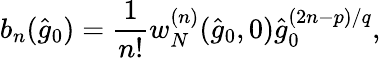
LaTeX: b_{n}(\hat{g}_{0})=\left.\frac{1}{n!}w_{N}^{(n)}(\hat{g}_{0},0)\hat{g}_{0}^{(2n-p)/q}\right.,